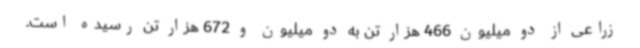
زراعی از دو میلیون 466 هزار تن به دو میلیون و 672 هزار تن رسیده است.